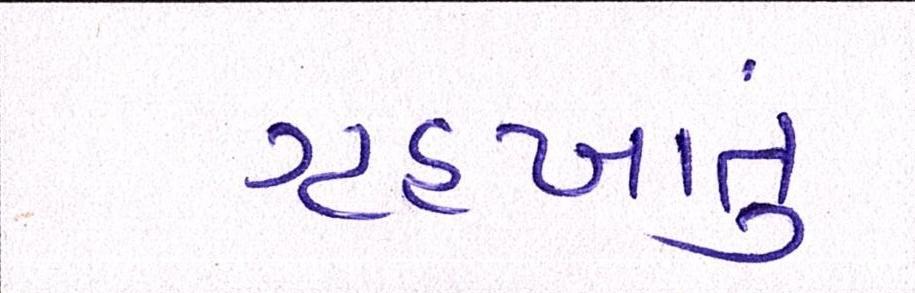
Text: ગૃહખાતું